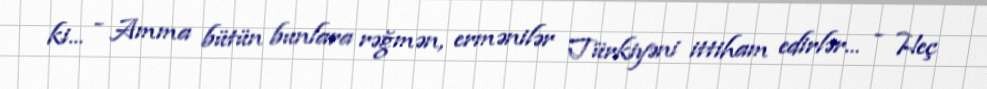
ki... - Amma bütün bunlara rəğmən, ermənilər Türkiyəni ittiham edirlər... - Heç